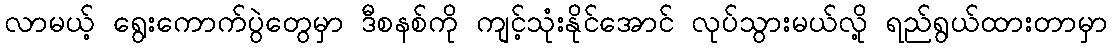
လာမယ့် ရွေးကောက်ပွဲတွေမှာ ဒီစနစ်ကို ကျင့်သုံးနိုင်အောင် လုပ်သွားမယ်လို့ ရည်ရွယ်ထားတာမှာ